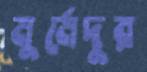
মুর্মেদুর